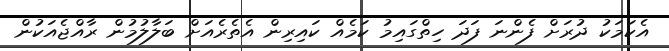
އެކަމަކު ދުރަށް ފެންނަ ފަދަ ހިތްގައިމު ކަމެއް ކައިރިން އެތެރެއަށް ބަލާލުމުން ރާއްޖެއަކުން